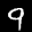
Label: 9